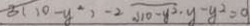
3 ( 1 0 - y ^ { 2 } ) - 2 \sqrt { 1 0 - y ^ { 2 } } \cdot y - y ^ { 2 } = 0